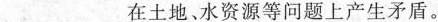
\underline在土地。水资源等问题上产生矛盾。